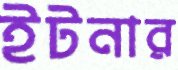
ইটনার